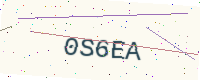
Text: 0S6EA